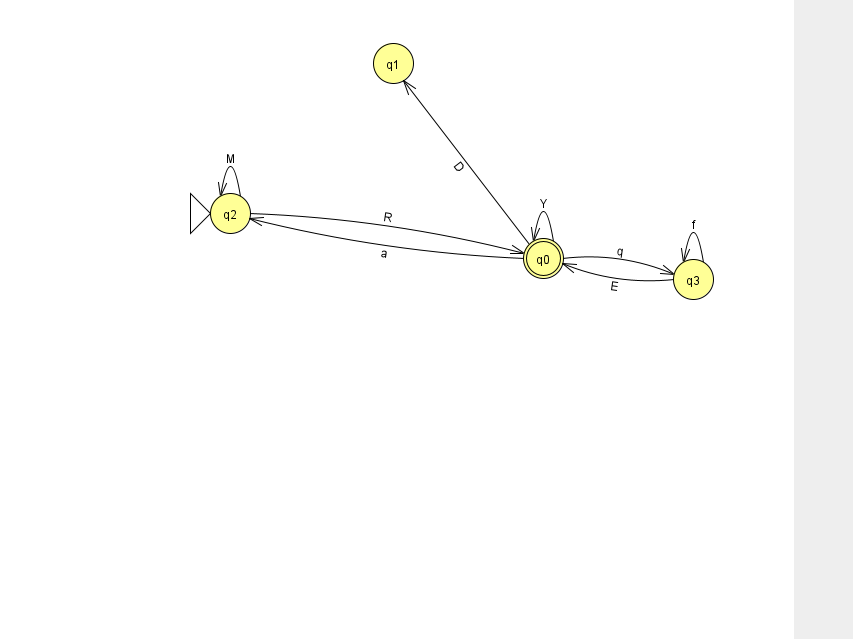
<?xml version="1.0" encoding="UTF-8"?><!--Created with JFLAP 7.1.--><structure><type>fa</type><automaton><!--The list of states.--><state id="0" name="q0"><x>543.0</x><y>245.0</y><final/></state><state id="1" name="q1"><x>393.0</x><y>50.0</y></state><state id="2" name="q2"><x>230.0</x><y>200.0</y><initial/></state><state id="3" name="q3"><x>693.0</x><y>266.0</y></state><!--The list of transitions.--><transition><from>0</from><to>1</to><read>D</read></transition><transition><from>3</from><to>0</to><read>E</read></transition><transition><from>0</from><to>3</to><read>q</read></transition><transition><from>3</from><to>3</to><read>f</read></transition><transition><from>0</from><to>0</to><read>Y</read></transition><transition><from>0</from><to>2</to><read>a</read></transition><transition><from>2</from><to>2</to><read>M</read></transition><transition><from>2</from><to>0</to><read>R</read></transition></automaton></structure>